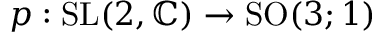
p : { \mathrm { S L } } ( 2 , \mathbb { C } ) \to { \mathrm { S O } } ( 3 ; 1 )